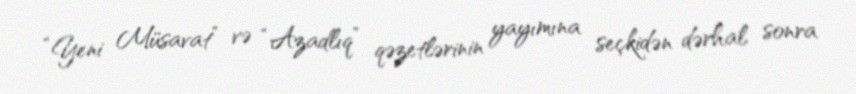
“Yeni Müsavat” və “Azadlıq” qəzetlərinin yayımına seçkidən dərhal sonra